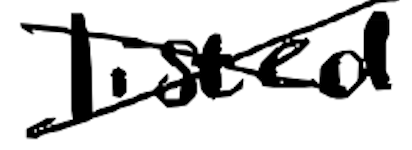
Text: listed
Cross-out: cross
Writing tool: digital_black